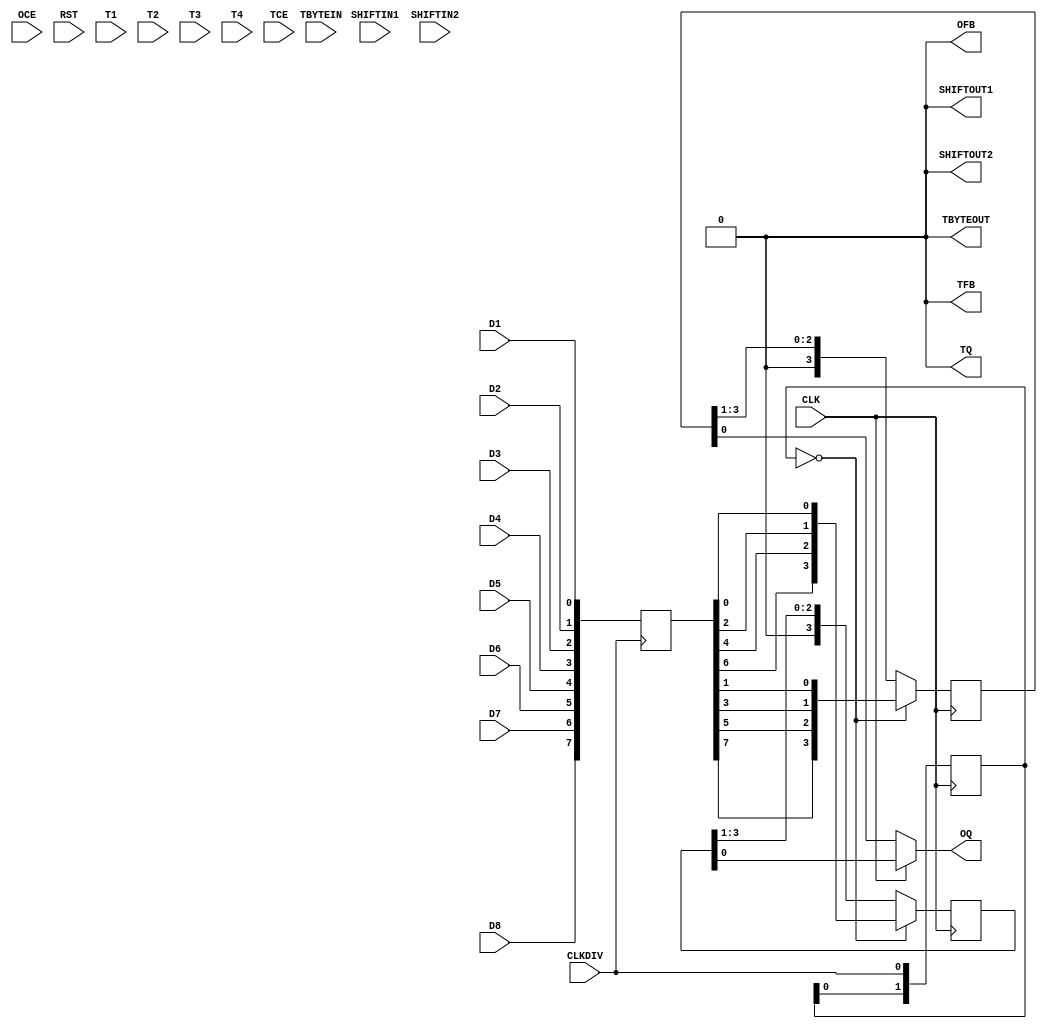
/*WARNING: INCOMPLETE MODEL, DON'T USE. I RECOMMEND AGAINST USING THIS
 *BLOCK ALL TOGETHER. NOT OPEN SOURCE FRIENDLY /AO
 */

module OSERDESE2 ( /*AUTOARG*/
   // Outputs
   OFB, OQ, SHIFTOUT1, SHIFTOUT2, TBYTEOUT, TFB, TQ,
   // Inputs
   CLK, CLKDIV, D1, D2, D3, D4, D5, D6, D7, D8, OCE, RST, SHIFTIN1,
   SHIFTIN2, T1, T2, T3, T4, TBYTEIN, TCE
   );

   parameter DATA_RATE_OQ=0;
   parameter DATA_RATE_TQ=0;
   parameter DATA_WIDTH=0;
   parameter INIT_OQ=0;
   parameter INIT_TQ=0;
   parameter SERDES_MODE=0;
   parameter SRVAL_OQ=0;
   parameter SRVAL_TQ=0;
   parameter TBYTE_CTL=0;
   parameter TBYTE_SRC=0;
   parameter TRISTATE_WIDTH=0;

     
   output OFB;                    // output feedback port
   output OQ;                     // data output port, D1 appears first
   output SHIFTOUT1;              // connect to shift in of master
   output SHIFTOUT2;              // connect to shift in of master
   output TBYTEOUT;               // byte group tristate output to IOB
   output TFB;                    // 3-state control output for ODELAYE2
   output TQ;                     // 3-state control output
   input  CLK;                    // high speed shift out clock
   input  CLKDIV;                 // low speed clock (/4 for example)
   input  D1;                     // first bit to shift out
   input  D2;                     //
   input  D3;                     //
   input  D4;                     //
   input  D5;                     //
   input  D6;                     //
   input  D7;                     //
   input  D8;                     //
   input  OCE;                    // active high clock enable for datapath
   input  RST;                    // async reset, all output flops driven low
   input  SHIFTIN1;               // connect to shift out of other
   input  SHIFTIN2;               // connect to shift out of other
   input  T1;                     // parallel 3-state signals
   input  T2;                     // ??why 4??
   input  T3;                     //
   input  T4;                     //
   input  TBYTEIN;                // byte group tristate input
   input  TCE;                    // active high clock enable for 3-state

   //Statemachine
   reg [2:0] state;


   reg [7:0] buffer;
   reg [1:0] clkdiv_sample;
   reg [3:0] even;
   reg [3:0] odd;
   
   //parallel sample
   always @ (posedge CLKDIV)
     buffer[7:0]<={D8,D7,D6,D5,D4,D3,D2,D1};
   
   //sample clkdiv
   always @ (negedge CLK)
     clkdiv_sample[1:0] <= {clkdiv_sample[0],CLKDIV};

   //shift on second consective clk rising edge that clkdi_sample==0

   wire      load_parallel = (clkdiv_sample[1:0]==2'b00);

   always @ (posedge CLK)
     if(load_parallel)
       even[3:0]<={buffer[6],buffer[4],buffer[2],buffer[0]};
     else
       even[3:0]<={1'b0,even[3:1]};

   always @ (posedge CLK)
     if(load_parallel)
       odd[3:0]<={buffer[7],buffer[5],buffer[3],buffer[1]};
     else
       odd[3:0]<={1'b0,odd[3:1]};
     
   assign OQ = CLK ? even[0] : odd[0];
   
   //setting other outputs
   assign OFB       = 1'b0;
   assign TQ        = 1'b0;
   assign TBYTEOUT  = 1'b0;
   assign SHIFTOUT1 = 1'b0;   		      
   assign SHIFTOUT2 = 1'b0;   
   assign TFB       = 1'b0;
   
endmodule // OSERDESE2